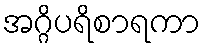
အဂ္ဂိပရိစာရကာ